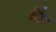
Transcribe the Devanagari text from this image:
कै